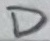
Text: D